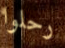
رحلوا